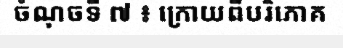
ចំណុចទី ៧ ៖ ក្រោយពីបរិភោគ